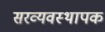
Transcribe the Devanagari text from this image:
सरव्यवस्थापक